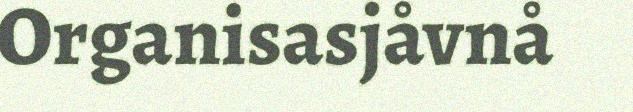
Organisasjåvnå